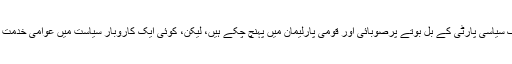
چترال میں ہم مثال لاسکتے ہیں کہ کئی ایک لوگ سیاسی پارٹی کے بل بوتے پرصوبائی اور قومی پارلیمان میں پہنچ چُکے ہیں، لیکن، کوئی ایک کاروبار سیاست میں عوامی خدمت سے عوامی ہوا ہو جس کا ہم اب مثال دے سکیں۔